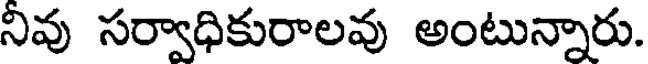
నివు సర్వాధికురాలవు అంటున్నారు.